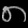
Digit: ၈